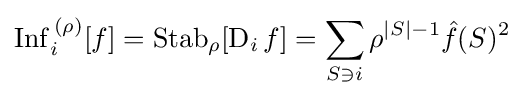
\operatorname {Inf} _{i}^{\,(\rho )}[f]=\operatorname {Stab} _{\rho }[\operatorname {D} _{i}f]=\sum _{S\ni i}\rho ^{|S|-1}{\hat {f}}(S)^{2}